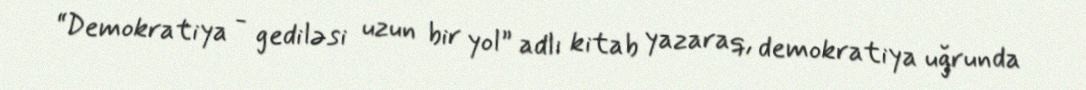
“Demokratiya - gediləsi uzun bir yol” adlı kitab yazaraq, demokratiya uğrunda